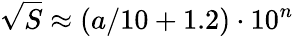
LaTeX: {\sqrt{S}}\approx(a/10+1.2)\cdot 10^{n}